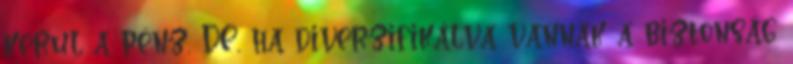
kerül a pénz. DE, ha diverzifikálva vannak a biztonság